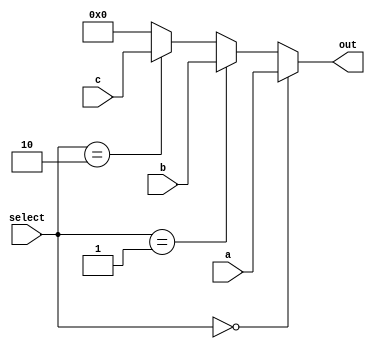
module Mux3to1(input [1:0] select,input[31:0] a,b,c,output[31:0] out);
	assign out= (select==2'b00) ? a:
		    (select==2'b01) ? b:
		    (select==2'b10) ? c:
			{32{1'b0}};
endmodule